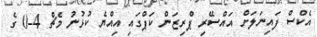
އެކްސް ފައިނަލަށް އައްސޭރި ޕްރިޒަން ކަޕްގައި އިއްޔެ ކުޅުނު މެޗް 4-0 ގެ